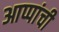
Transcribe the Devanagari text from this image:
आप्पांची